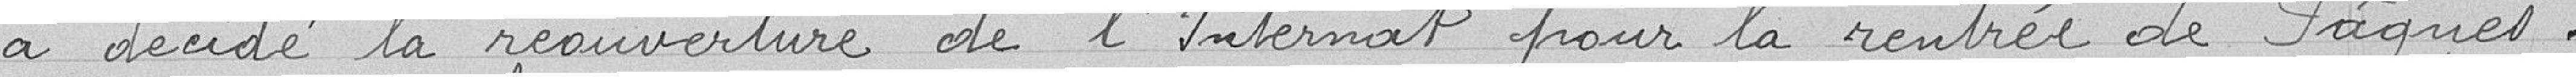
a décidé la réouverture de l'Internat pour la rentrée de Paques.